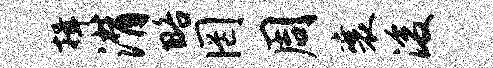
揖潸略罔周襄浚